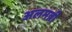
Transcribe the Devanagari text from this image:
अलमन्नी